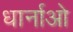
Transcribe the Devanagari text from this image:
धार्नाओ